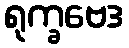
ရုက္ခဗေဒ